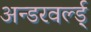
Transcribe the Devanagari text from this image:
अन्डरवर्ल्ड्